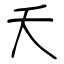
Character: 夭